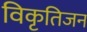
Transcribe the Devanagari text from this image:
विकृतिजन